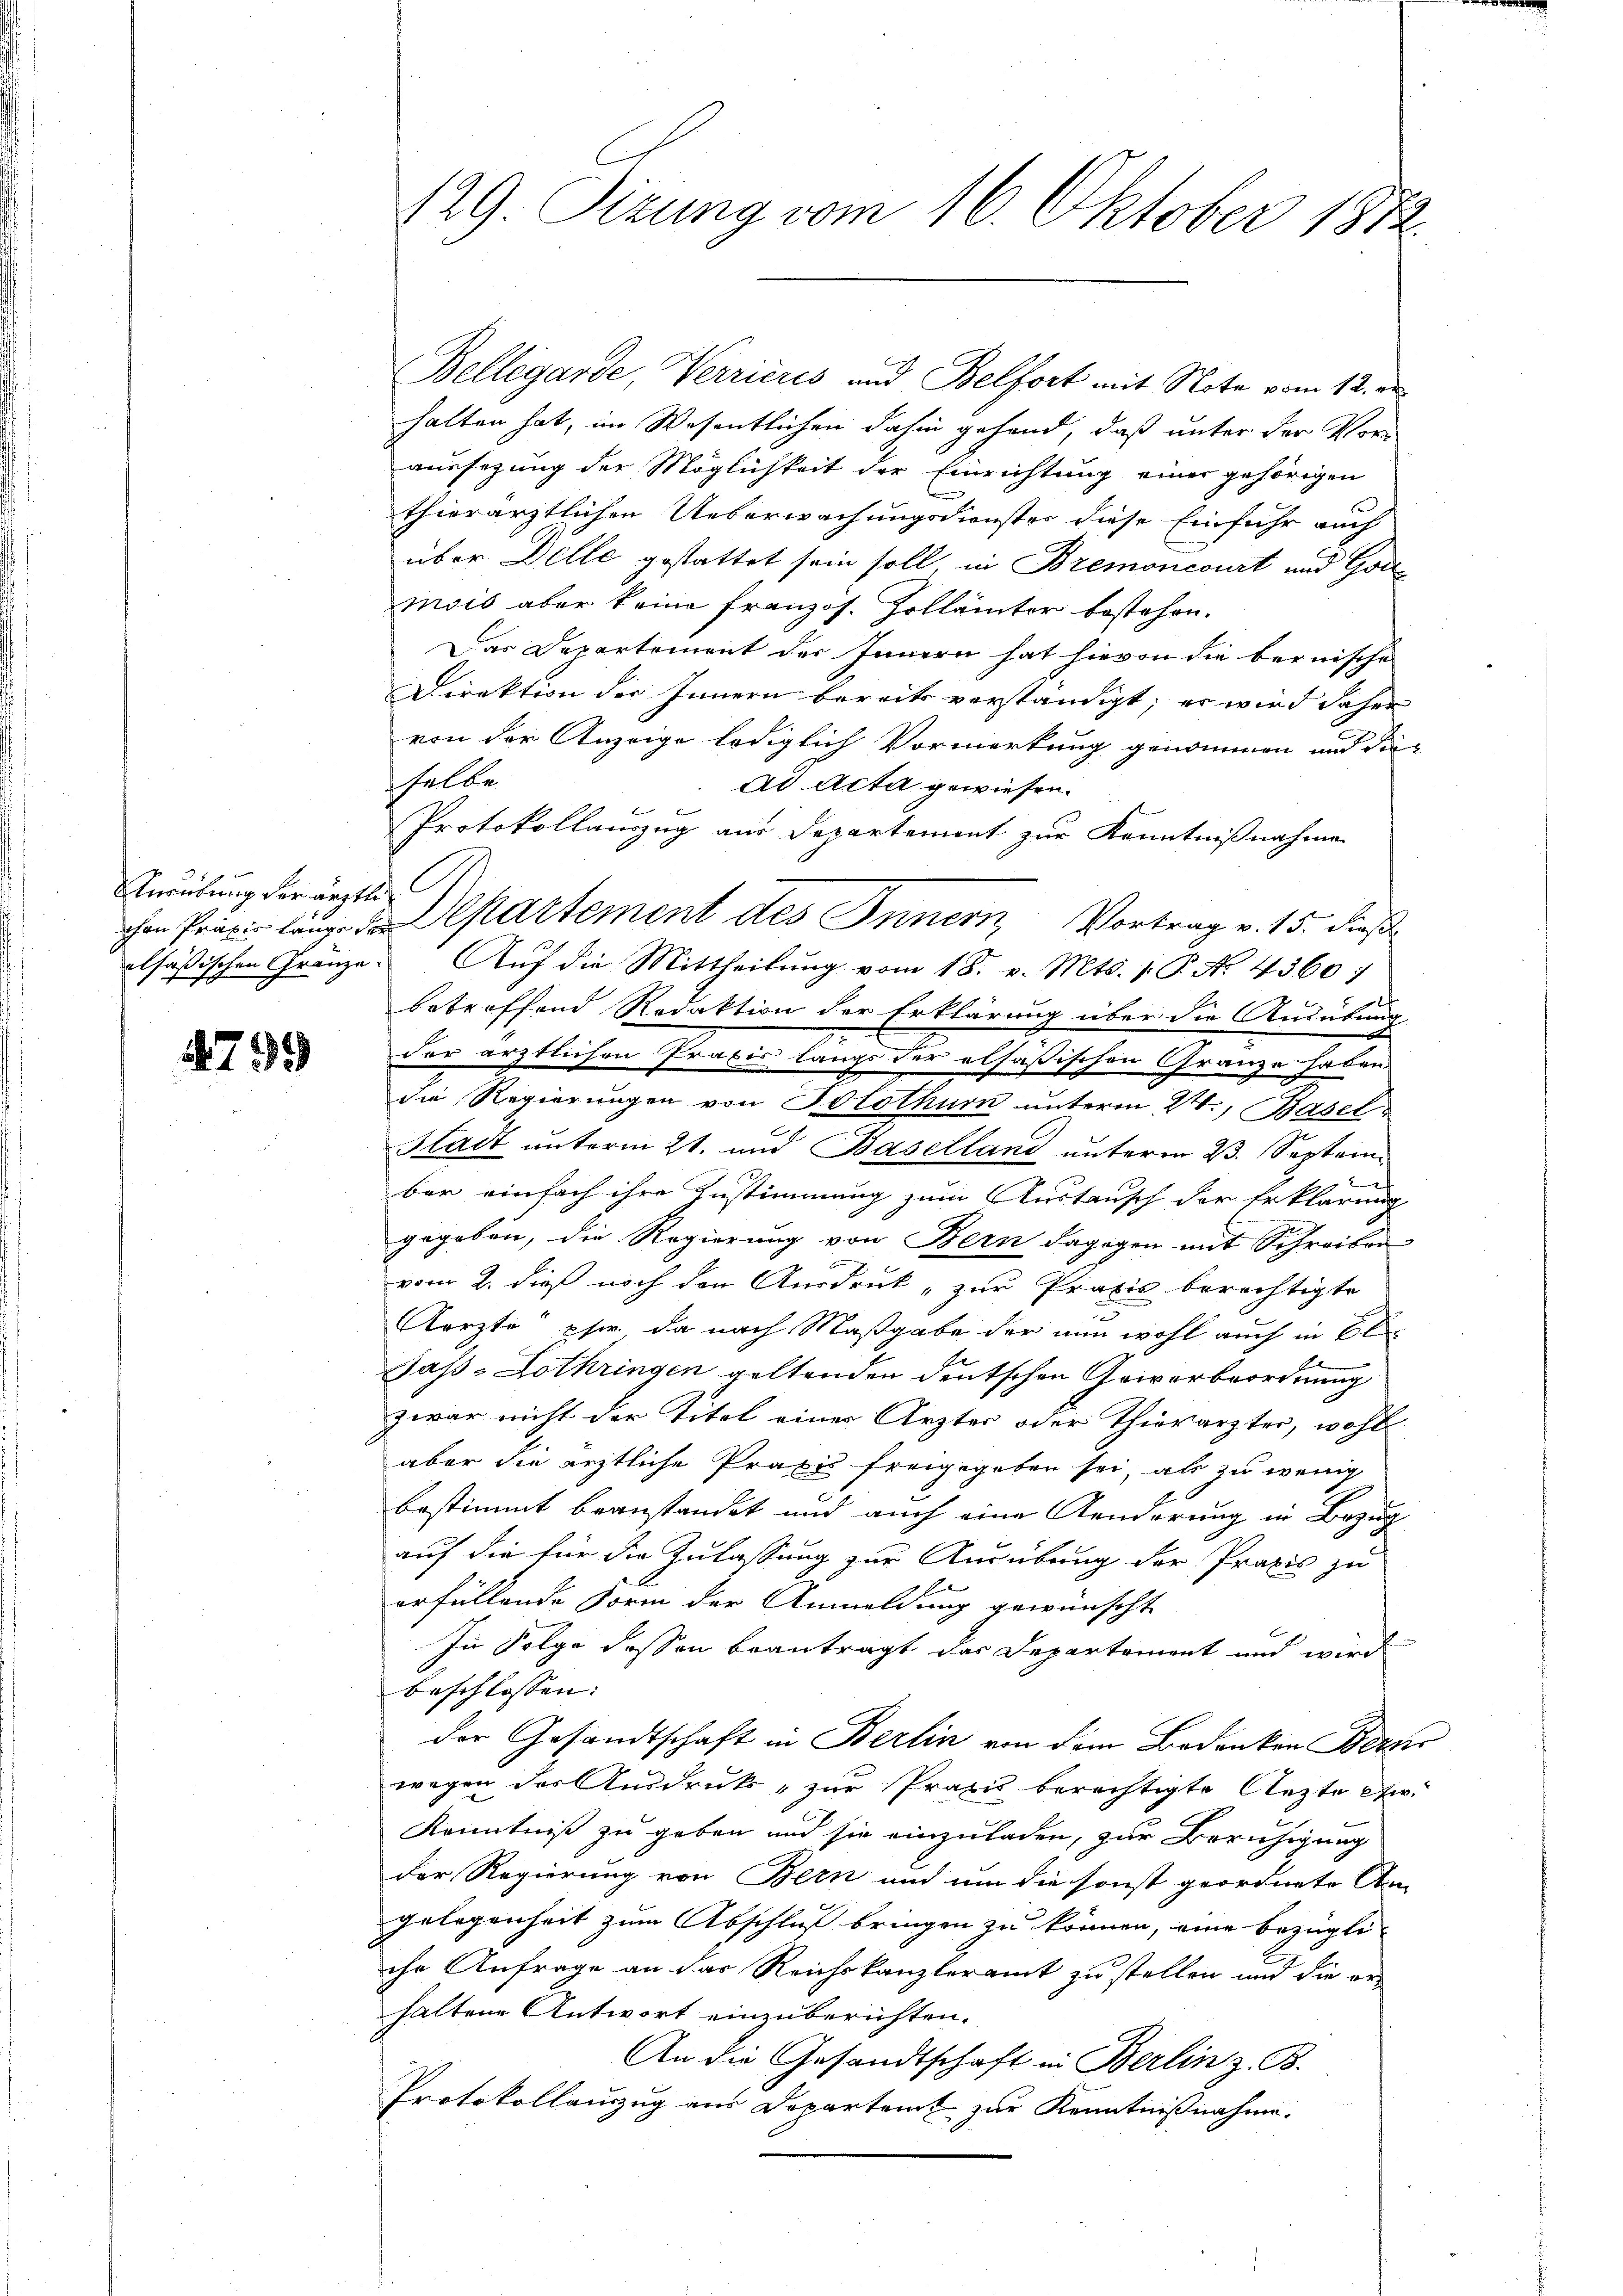
Andelung der ärzten

1799

Bellegarde, Verrieres und Belfort mit Note vom 12. des
halten hat, im Wesentlichen dahin gehend, daß unter der Vor
aussezung der Möglichkeit der Einrichtung einer gehörigen
thierärztlichen Ueberwachungsdienster diese Einfuhr auch
über Delle gestattet sein soll in Bremoncourt und Goumois aber keine französ. Zollämter bestehen.
Das Departement des Innern hat hievon die bernische
Direktion der Innern bereits verständigt; er wird daher
von der Anzeige lediglich Vormerkung genommen und die
selbe
ad Acta gewiesen.
Protokollauszug aus Departement zur Kenntnißnahme
chen Praxis länge a partement des Innern, Vortrag v. 15. dies
alfäßischen Gränze. Auf die Mittheilung vom 18. v. Mts. 1. P. No. 4360:
betreffend Redaktion der Erklärung über die Ausübung
der ärztlichen Praxis langs der elsäßischen Gränze haben
die Regierungen von Solothurn unterm 24., Basel
Statt unterm 21. und Baselland unterm 23. Septem¬
2
bar einfach ihre Zustimmung zum Austausch der Erklärung
gegeben, die Regierung von Bern dagegen mit Schreiben
vom 2. dieß noch den Ausdruck, zur Praxis berechtigte
Aerzte phr. da nach Maßgabe der nun wohl auch in El
Jaß-Lothringen geltenden deutschen Gewerbeordnung
zwar nicht der Titel eines Arztes oder Thierarzter, wohl
aber die ärztliche Praxis freigegeben sei, als zu wenig
bestimmt beanstandet und auch eine Aenderung in Bezug
auf die für die Zulassung zur Ausübung der Praxis zu
erfüllende Form der Anmeldung gewünscht
In Folge dessen beantragt das Departement und wird
beschlossen:
der Gesandtschaft in Berlin von dem Bedanken Berne
wegen der Ausdruck - zur Praxis berechtigte Arzte etw
Kenntniß zu geben und sie einzuladen, zur Beruhigung
der Regierung von Bern und um die sonst geordnete Am
gelegenheit zum Abschluß bringen zu können, eine bezügli
che Anfrage an das Reichskanzleramt zu stellen und die er-
haltene Antwort einzuberichten.
An die Gesandtschaft in Berlin z. B.
Protokollauszug aus Departamt zur Kenntnißnahme.

129. Sizung vom 16. Oktober 1872